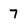
Character: 7